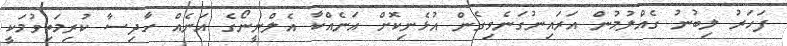
ފަހަރު ލިބުނު ގެއްލުމުން އަރައިނުގަނެވިގެން އުޅެނިކޮށް އަނެއްކާ އެލްނީނޯގެ އަނެއް ހާދިސާ ކުރިމަތިވުމަކީ